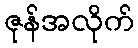
ဇုန်အလိုက်